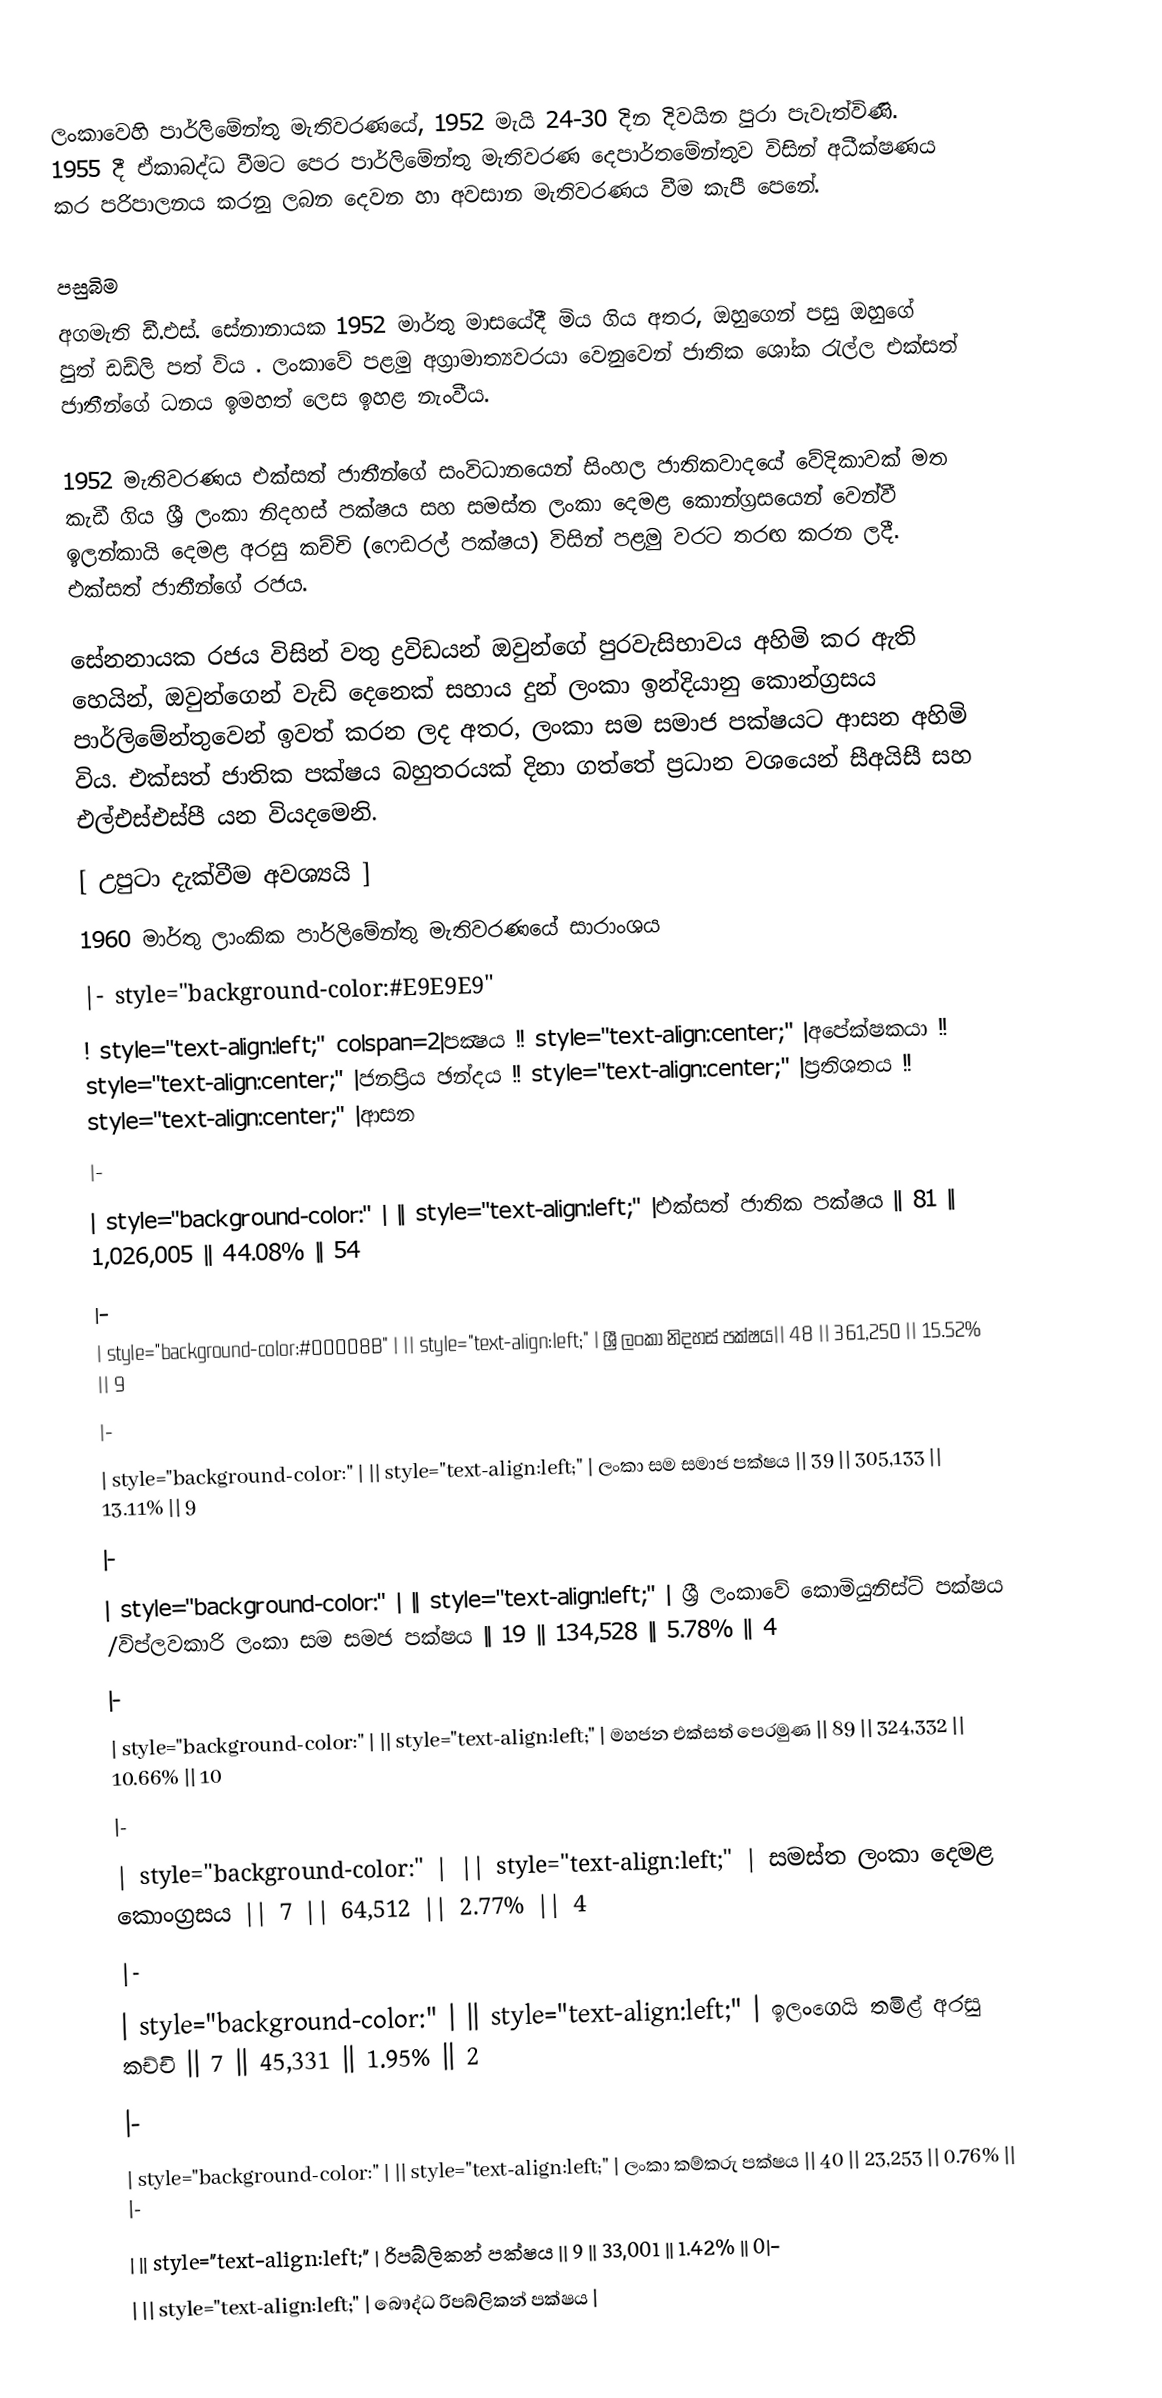
ලංකා‍වෙහි පාර්ලිමේන්තු මැතිවරණයේ, 1952 මැයි 24-30 දින දිවයින පුරා පැවැත්විණි. 1955 දී ඒකාබද්ධ වීමට පෙර පාර්ලිමේන්තු මැතිවරණ දෙපාර්තමේන්තුව විසින් අධීක්ෂණය කර පරිපාලනය කරනු ලබන දෙවන හා අවසාන මැතිවරණය වීම කැපී පෙනේ.

පසුබිම
අගමැති ඩී.එස්. සේනානායක 1952 මාර්තු මාසයේදී මිය ගිය අතර, ඔහුගෙන් පසු ඔහුගේ පුත් ඩඩ්ලි පත් විය . ලංකාවේ පළමු අග්‍රාමාත්‍යවරයා වෙනුවෙන් ජාතික ශෝක රැල්ල එක්සත් ජාතීන්ගේ ධනය ඉමහත් ලෙස ඉහළ නැංවීය.

1952 මැතිවරණය එක්සත් ජාතීන්ගේ සංවිධානයෙන් සිංහල ජාතිකවාදයේ වේදිකාවක් මත කැඩී ගිය ශ්‍රී ලංකා නිදහස් පක්ෂය සහ සමස්ත ලංකා දෙමළ කොන්ග්‍රසයෙන් වෙන්වී ඉලන්කායි දෙමළ අරසු කච්චි (ෆෙඩරල් පක්ෂය) විසින් පළමු වරට තරඟ කරන ලදී. එක්සත් ජාතීන්ගේ රජය.

සේනනායක රජය විසින් වතු ද්‍රවිඩයන් ඔවුන්ගේ පුරවැසිභාවය අහිමි කර ඇති හෙයින්, ඔවුන්ගෙන් වැඩි දෙනෙක් සහාය දුන් ලංකා ඉන්දියානු කොන්ග්‍රසය පාර්ලිමේන්තුවෙන් ඉවත් කරන ලද අතර, ලංකා සම සමාජ පක්ෂයට ආසන අහිමි විය. එක්සත් ජාතික පක්ෂය බහුතරයක් දිනා ගත්තේ ප්‍රධාන වශයෙන් සීඅයිසී සහ එල්එස්එස්පී යන වියදමෙනි.
[ උපුටා දැක්වීම අවශ්‍යයි ]
 1960 මාර්තු ලාංකික පාර්ලිමේන්තු මැතිවරණයේ සාරාංශය
|- style="background-color:#E9E9E9"
! style="text-align:left;" colspan=2|පක්‍ෂය !! style="text-align:center;" |අපේක්ෂකයා !! style="text-align:center;" |ජනප්‍රිය ඡන්දය !! style="text-align:center;" |ප්‍රතිශතය !! style="text-align:center;" |ආසන
|-
| style="background-color:" |  || style="text-align:left;" |එක්සත් ජාතික පක්ෂය  || 81 || 1,026,005 || 44.08% || 54
|-
| style="background-color:#00008B" |  || style="text-align:left;" | ශ්‍රී ලංකා නිදහස් පක්ෂය|| 48 || 361,250 || 15.52% || 9
|-
| style="background-color:" |  || style="text-align:left;" | ලංකා සම සමාජ පක්ෂය || 39 || 305,133 || 13.11% || 9
|-
| style="background-color:" |  || style="text-align:left;" | ශ්‍රී ලංකාවේ කොමියුනිස්ට් පක්ෂය /විප්ලවකාරි ලංකා සම සමජ පක්ෂය || 19 || 134,528 || 5.78% || 4
|-
| style="background-color:" |  || style="text-align:left;" | මහජන එක්සත් පෙරමුණ || 89 || 324,332 || 10.66% || 10
|-
| style="background-color:" |  || style="text-align:left;" | සමස්ත ලංකා දෙමළ කොංග්‍රසය  || 7 || 64,512 || 2.77% || 4
|-
| style="background-color:" |  || style="text-align:left;" | ඉලංගෙයි තමිළ් අරසු කච්චි  || 7 || 45,331 || 1.95% || 2
|-
| style="background-color:" |  || style="text-align:left;" | ලංකා කම්කරු පක්ෂය || 40 || 23,253 || 0.76% || |-
| || style="text-align:left;" | රිපබ්ලිකන් පක්ෂය || 9 || 33,001 || 1.42% || 0|-
| || style="text-align:left;" | බෞද්ධ රිපබ්ලිකන් පක්ෂය |